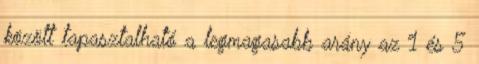
között tapasztalható a legmagasabb arány az 1 és 5